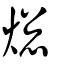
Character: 㷓